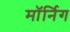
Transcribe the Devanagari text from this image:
मॉर्निग